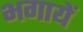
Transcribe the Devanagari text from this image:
भगायें